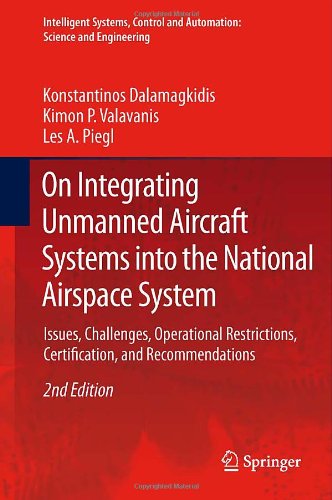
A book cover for On Integrating Unmanned Aircraft Systems into the National Airspace System: Issues, Challenges, Operational Restrictions, Certification, and ... and Automation: Science and Engineering); Konstantinos Dalamagkidis; Law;